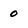
Character: 0